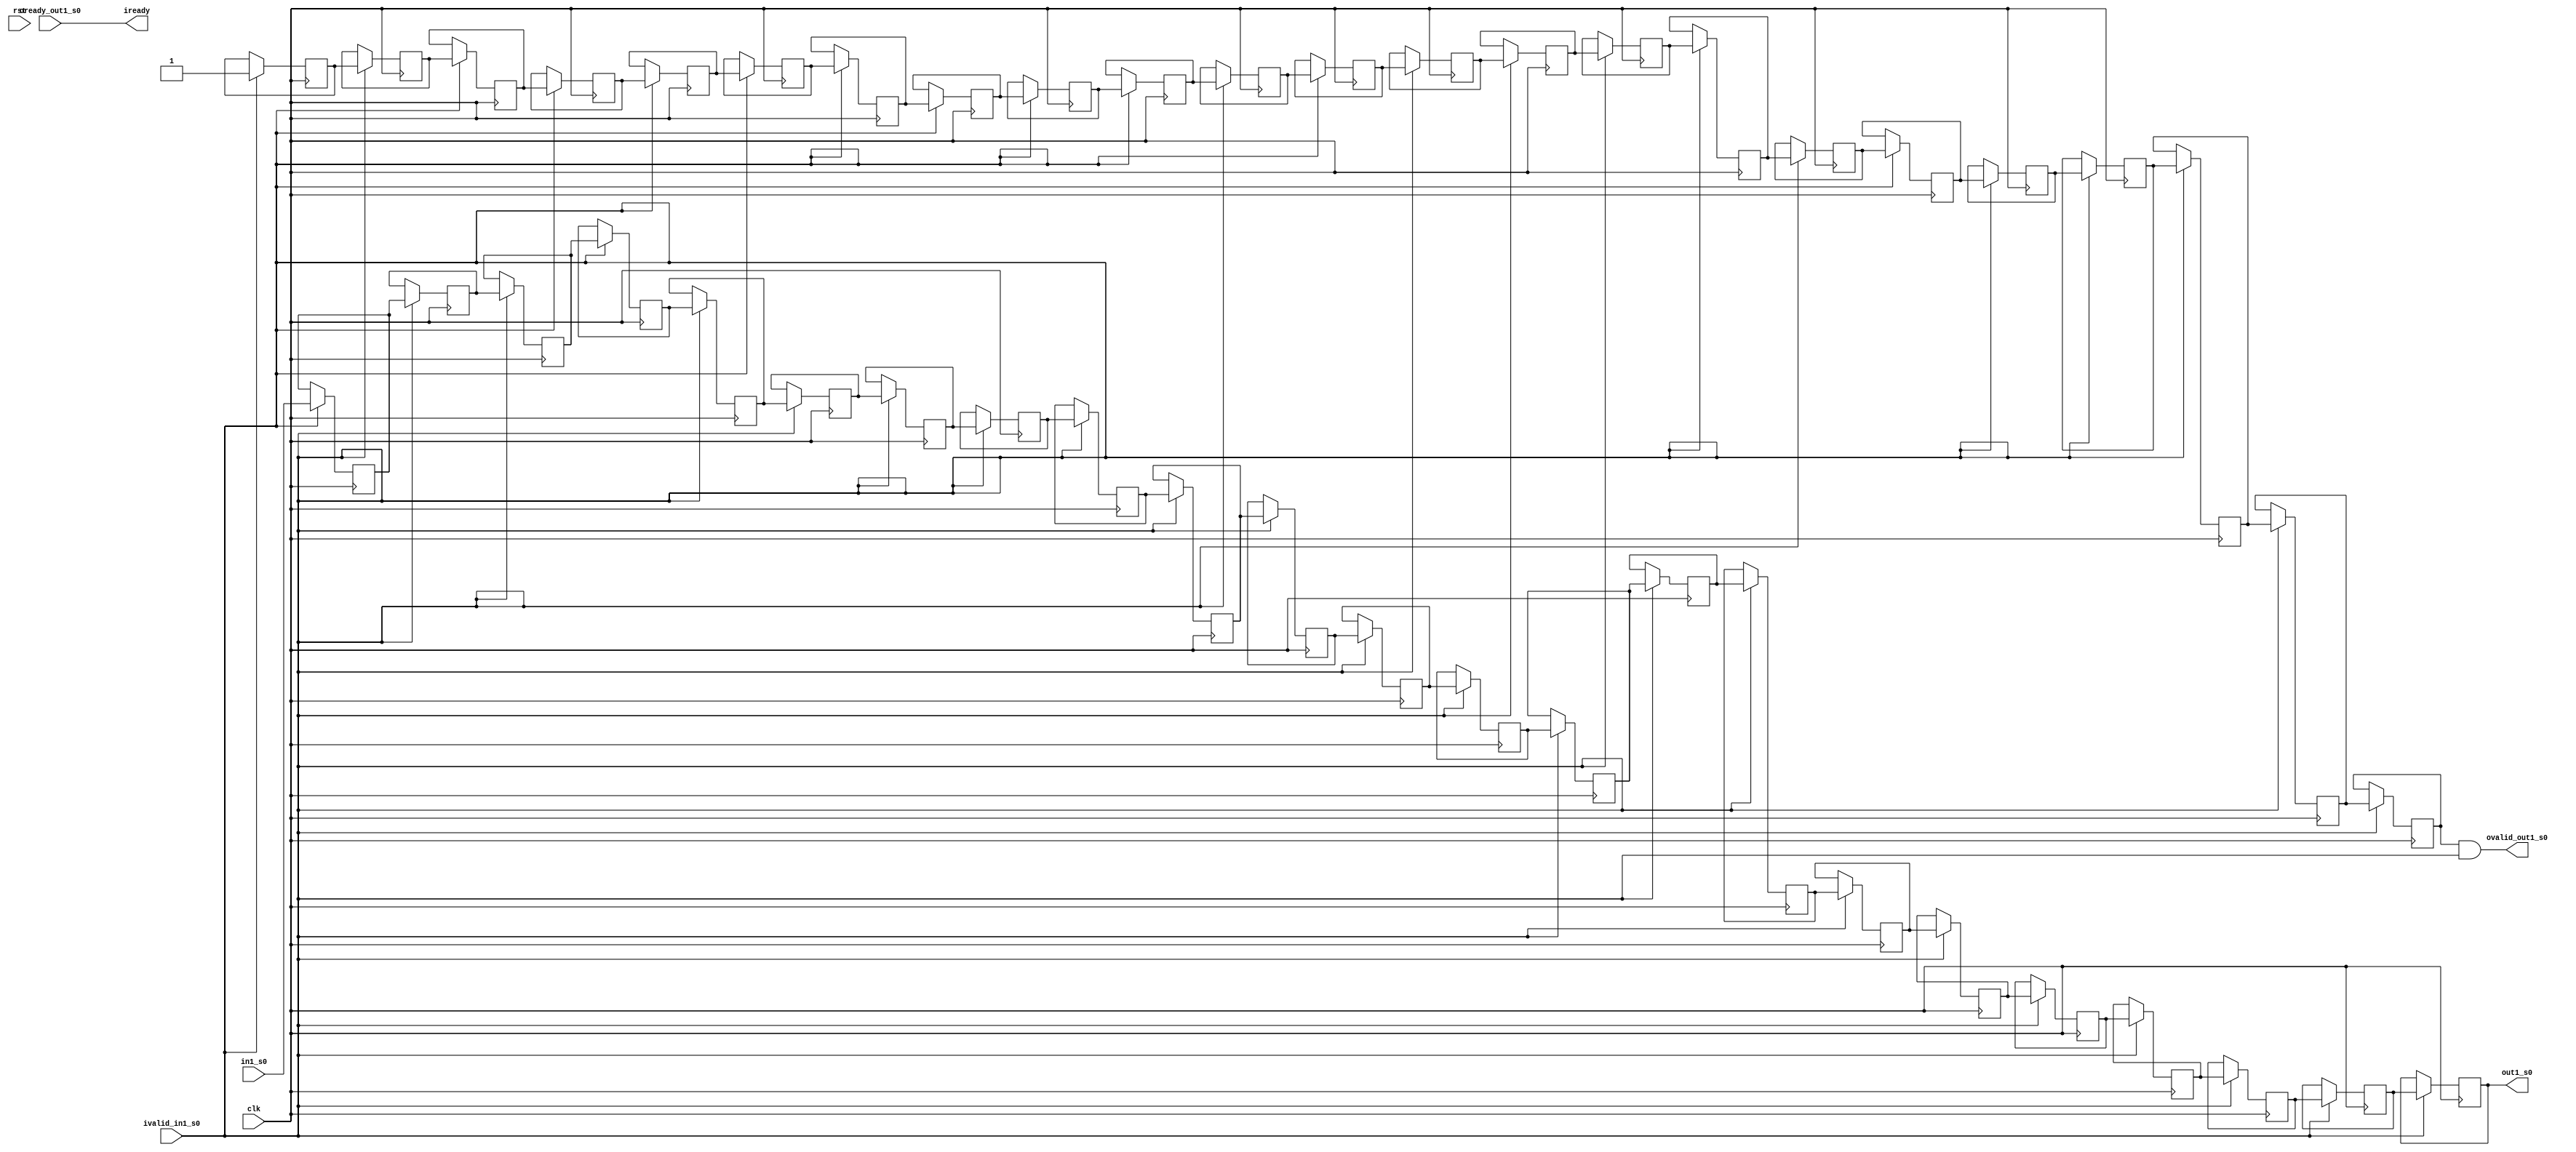
// =============================================================================
// Company              : Unversity of Glasgow, Comuting Science
// Template Author      :        Syed Waqar Nabi
//
// Project Name         : TyTra
//
// Target Devices       : Stratix V 
//
// Generated Design Name: untitled
// Generated Module Name: kernel_top_coriolis_ker0_0_un_b 
// Generator Version    : R17.0
// Generator TimeStamp  : Tue Aug 13 12:24:42 2019
// 
// Dependencies         : <dependencies>
//
// 
// =============================================================================

// =============================================================================
// General Description
// -----------------------------------------------------------------------------
// Template for axi4 stream compatible buffer used in TyBEC synchronize parallel
// paths with mismatched latencies. 
// Can be used to generate buffer with multiple "taps" for the same data
// ============================================================================= 

module kernel_top_coriolis_ker0_0_un_b
#(  
    parameter STREAMW = 34
  , parameter SIZE    = 23
)

(
// =============================================================================
// ** Ports 
// =============================================================================
    input                     clk   
  , input                     rst   	
  , output                    iready
  , input                     ivalid_in1_s0
  , input      [STREAMW-1:0]  in1_s0
  
  , output                    ovalid_out1_s0

  , input                     oready_out1_s0

  , output     [STREAMW-1:0]  out1_s0 // at delay = 23 

);

//shift register bank for data, and ovalid(s)
reg [STREAMW-1:0] offsetRegBank [0:SIZE-1];   
reg               valid_shifter [0:SIZE-1];   

//local oready only asserted when *all* outputs are ready
assign oready = 1'b1
  & oready_out1_s0
  ;

//iready when all oready's asserted
assign iready = oready;
              
//tap at relevant delays
//the valid shifter takes care of the initial latency of filling up the buffer
//if ivalid is negated anytime during operation, we simply freeze the stream buffer
//so the valid shifter never gets a "0" in there (and the data shift register never reads 
//invalid data). This contiguity of *valid* data ensures that data of a certain "offset" is 
//always available at a fixed location

assign ovalid_out1_s0 = valid_shifter[23-1] & ivalid_in1_s0;

assign out1_s0 = offsetRegBank[23-1]; // at delay = 23 

//SHIFT write

always @(posedge clk) begin 
  if(ivalid_in1_s0) begin
    offsetRegBank[0]  <=  in1_s0; 
    valid_shifter[0]  <=  ivalid_in1_s0;
    offsetRegBank[1]  <=  offsetRegBank[1-1];
    valid_shifter[1]  <=  valid_shifter[1-1];
    offsetRegBank[2]  <=  offsetRegBank[2-1];
    valid_shifter[2]  <=  valid_shifter[2-1];
    offsetRegBank[3]  <=  offsetRegBank[3-1];
    valid_shifter[3]  <=  valid_shifter[3-1];
    offsetRegBank[4]  <=  offsetRegBank[4-1];
    valid_shifter[4]  <=  valid_shifter[4-1];
    offsetRegBank[5]  <=  offsetRegBank[5-1];
    valid_shifter[5]  <=  valid_shifter[5-1];
    offsetRegBank[6]  <=  offsetRegBank[6-1];
    valid_shifter[6]  <=  valid_shifter[6-1];
    offsetRegBank[7]  <=  offsetRegBank[7-1];
    valid_shifter[7]  <=  valid_shifter[7-1];
    offsetRegBank[8]  <=  offsetRegBank[8-1];
    valid_shifter[8]  <=  valid_shifter[8-1];
    offsetRegBank[9]  <=  offsetRegBank[9-1];
    valid_shifter[9]  <=  valid_shifter[9-1];
    offsetRegBank[10]  <=  offsetRegBank[10-1];
    valid_shifter[10]  <=  valid_shifter[10-1];
    offsetRegBank[11]  <=  offsetRegBank[11-1];
    valid_shifter[11]  <=  valid_shifter[11-1];
    offsetRegBank[12]  <=  offsetRegBank[12-1];
    valid_shifter[12]  <=  valid_shifter[12-1];
    offsetRegBank[13]  <=  offsetRegBank[13-1];
    valid_shifter[13]  <=  valid_shifter[13-1];
    offsetRegBank[14]  <=  offsetRegBank[14-1];
    valid_shifter[14]  <=  valid_shifter[14-1];
    offsetRegBank[15]  <=  offsetRegBank[15-1];
    valid_shifter[15]  <=  valid_shifter[15-1];
    offsetRegBank[16]  <=  offsetRegBank[16-1];
    valid_shifter[16]  <=  valid_shifter[16-1];
    offsetRegBank[17]  <=  offsetRegBank[17-1];
    valid_shifter[17]  <=  valid_shifter[17-1];
    offsetRegBank[18]  <=  offsetRegBank[18-1];
    valid_shifter[18]  <=  valid_shifter[18-1];
    offsetRegBank[19]  <=  offsetRegBank[19-1];
    valid_shifter[19]  <=  valid_shifter[19-1];
    offsetRegBank[20]  <=  offsetRegBank[20-1];
    valid_shifter[20]  <=  valid_shifter[20-1];
    offsetRegBank[21]  <=  offsetRegBank[21-1];
    valid_shifter[21]  <=  valid_shifter[21-1];
    offsetRegBank[22]  <=  offsetRegBank[22-1];
    valid_shifter[22]  <=  valid_shifter[22-1];

  end else begin
    offsetRegBank[0]  <=  offsetRegBank[0];
    valid_shifter[0]  <=  valid_shifter[0];
    offsetRegBank[1]  <=  offsetRegBank[1];
    valid_shifter[1]  <=  valid_shifter[1];
    offsetRegBank[2]  <=  offsetRegBank[2];
    valid_shifter[2]  <=  valid_shifter[2];
    offsetRegBank[3]  <=  offsetRegBank[3];
    valid_shifter[3]  <=  valid_shifter[3];
    offsetRegBank[4]  <=  offsetRegBank[4];
    valid_shifter[4]  <=  valid_shifter[4];
    offsetRegBank[5]  <=  offsetRegBank[5];
    valid_shifter[5]  <=  valid_shifter[5];
    offsetRegBank[6]  <=  offsetRegBank[6];
    valid_shifter[6]  <=  valid_shifter[6];
    offsetRegBank[7]  <=  offsetRegBank[7];
    valid_shifter[7]  <=  valid_shifter[7];
    offsetRegBank[8]  <=  offsetRegBank[8];
    valid_shifter[8]  <=  valid_shifter[8];
    offsetRegBank[9]  <=  offsetRegBank[9];
    valid_shifter[9]  <=  valid_shifter[9];
    offsetRegBank[10]  <=  offsetRegBank[10];
    valid_shifter[10]  <=  valid_shifter[10];
    offsetRegBank[11]  <=  offsetRegBank[11];
    valid_shifter[11]  <=  valid_shifter[11];
    offsetRegBank[12]  <=  offsetRegBank[12];
    valid_shifter[12]  <=  valid_shifter[12];
    offsetRegBank[13]  <=  offsetRegBank[13];
    valid_shifter[13]  <=  valid_shifter[13];
    offsetRegBank[14]  <=  offsetRegBank[14];
    valid_shifter[14]  <=  valid_shifter[14];
    offsetRegBank[15]  <=  offsetRegBank[15];
    valid_shifter[15]  <=  valid_shifter[15];
    offsetRegBank[16]  <=  offsetRegBank[16];
    valid_shifter[16]  <=  valid_shifter[16];
    offsetRegBank[17]  <=  offsetRegBank[17];
    valid_shifter[17]  <=  valid_shifter[17];
    offsetRegBank[18]  <=  offsetRegBank[18];
    valid_shifter[18]  <=  valid_shifter[18];
    offsetRegBank[19]  <=  offsetRegBank[19];
    valid_shifter[19]  <=  valid_shifter[19];
    offsetRegBank[20]  <=  offsetRegBank[20];
    valid_shifter[20]  <=  valid_shifter[20];
    offsetRegBank[21]  <=  offsetRegBank[21];
    valid_shifter[21]  <=  valid_shifter[21];
    offsetRegBank[22]  <=  offsetRegBank[22];
    valid_shifter[22]  <=  valid_shifter[22];

  end
end

endmodule